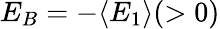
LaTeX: E_{B}=-\langle E_{1}\rangle(>0)